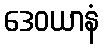
ဒေဝယာနံ